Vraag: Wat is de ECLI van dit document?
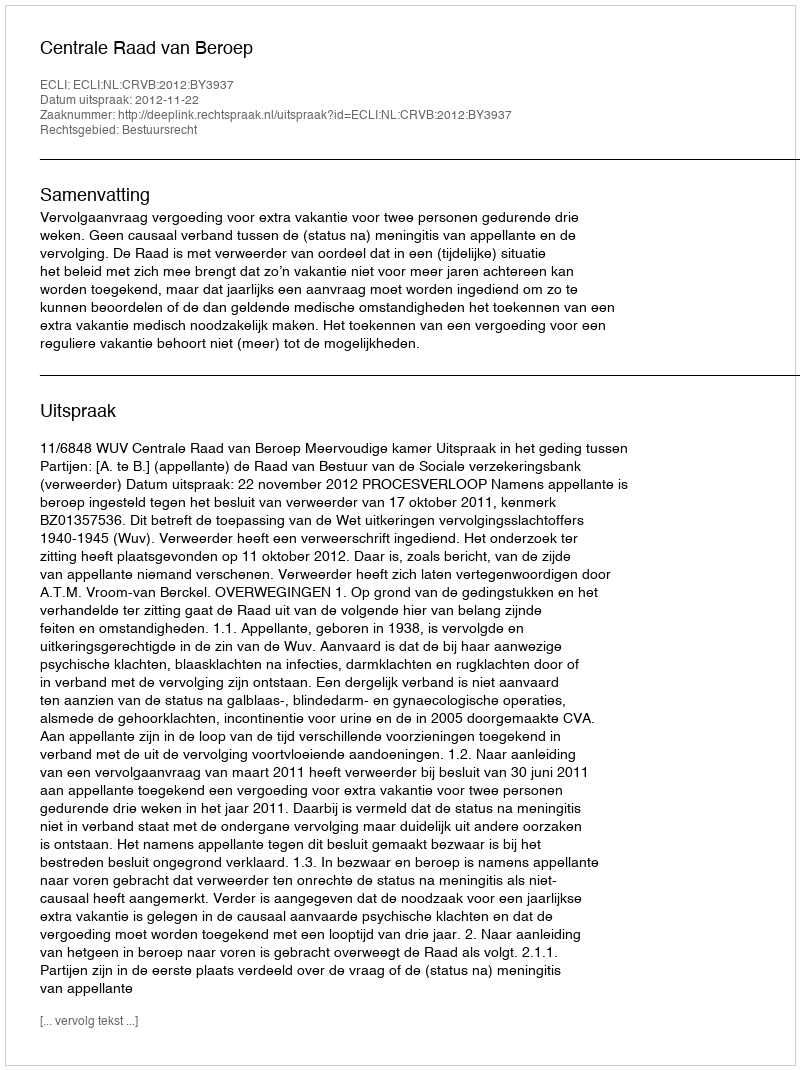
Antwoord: ECLI:NL:CRVB:2012:BY3937